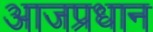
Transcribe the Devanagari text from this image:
आजप्रधान